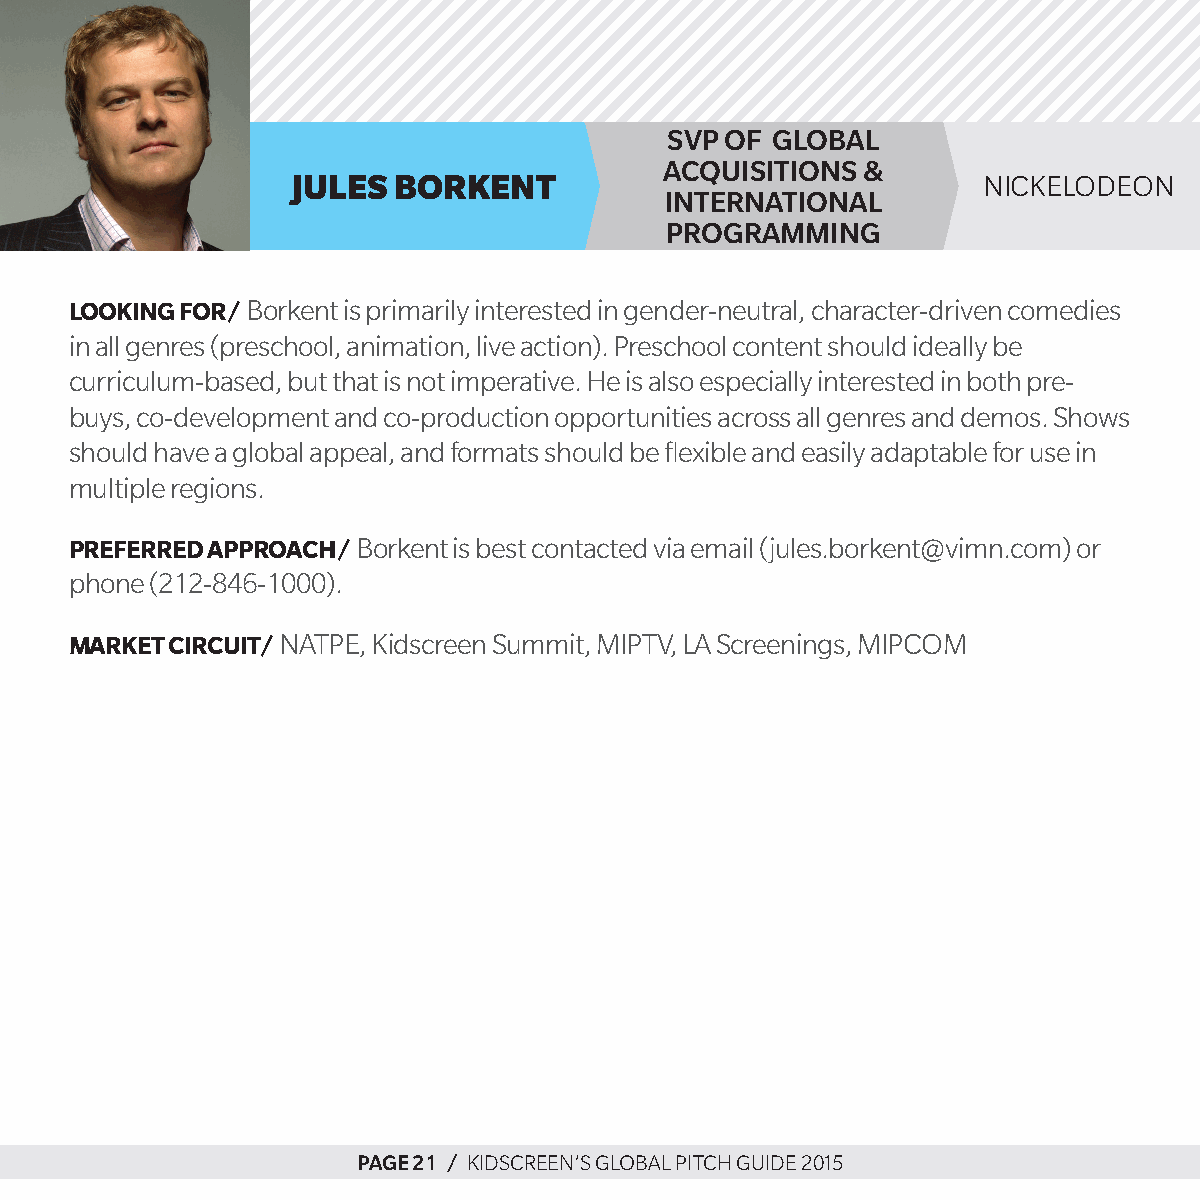
svp of gloBal
 aCquisiTions &
 Jules  borKent                                nickelodeon
 inTernaTional
 programming
 Looking for/ borkent is primarily interested in gender-neutral, character-driven comedies
 in all genres (preschool, animation, live action). preschool content should ideally be
 curriculum-based, but that is not imperative. he is also especially interested in both pre-
 buys, co-development and co-production opportunities across all genres and demos. shows
 should have a global appeal, and formats should be flexible and easily adaptable for use in
 multiple regions.
 Preferred aPProach/ borkent is best contacted via email (jules.borkent@vimn.com) or
 phone (212-846-1000).
 Market circuit/ natpe, kidscreen summit, MiptV, la screenings, MipcoM
 page 21 / kidscreen’s global pitch guide 2015